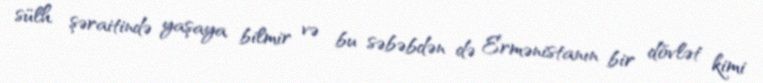
sülh şəraitində yaşaya bilmir və bu səbəbdən də Ermənistanın bir dövlət kimi